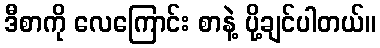
ဒီစာကို လေကြောင်း စာနဲ့ ပို့ချင်ပါတယ်။